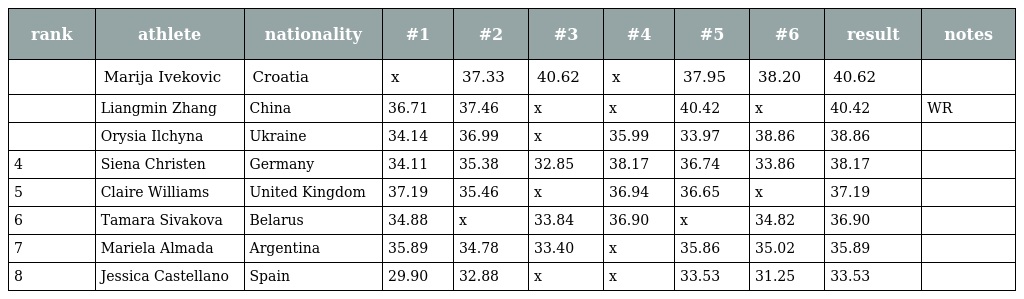
| rank | athlete | nationality | #1 | #2 | #3 | #4 | #5 | #6 | result | notes |
 | --- | --- | --- | --- | --- | --- | --- | --- | --- | --- | --- |
 |  | Marija Ivekovic | Croatia | x | 37.33 | 40.62 | x | 37.95 | 38.20 | 40.62 |  |
 |  | Liangmin Zhang | China | 36.71 | 37.46 | x | x | 40.42 | x | 40.42 | WR |
 |  | Orysia Ilchyna | Ukraine | 34.14 | 36.99 | x | 35.99 | 33.97 | 38.86 | 38.86 |  |
 | 4 | Siena Christen | Germany | 34.11 | 35.38 | 32.85 | 38.17 | 36.74 | 33.86 | 38.17 |  |
 | 5 | Claire Williams | United Kingdom | 37.19 | 35.46 | x | 36.94 | 36.65 | x | 37.19 |  |
 | 6 | Tamara Sivakova | Belarus | 34.88 | x | 33.84 | 36.90 | x | 34.82 | 36.90 |  |
 | 7 | Mariela Almada | Argentina | 35.89 | 34.78 | 33.40 | x | 35.86 | 35.02 | 35.89 |  |
 | 8 | Jessica Castellano | Spain | 29.90 | 32.88 | x | x | 33.53 | 31.25 | 33.53 |  |